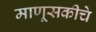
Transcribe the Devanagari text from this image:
माणूसकीचे